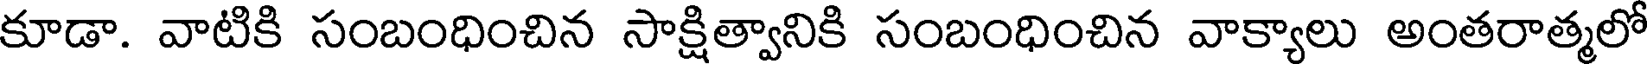
కూడా. వాటికి సంబంధించిన సాక్షిత్వానికి సంబంధించిన వాక్యాలు అంతరాత్మలో